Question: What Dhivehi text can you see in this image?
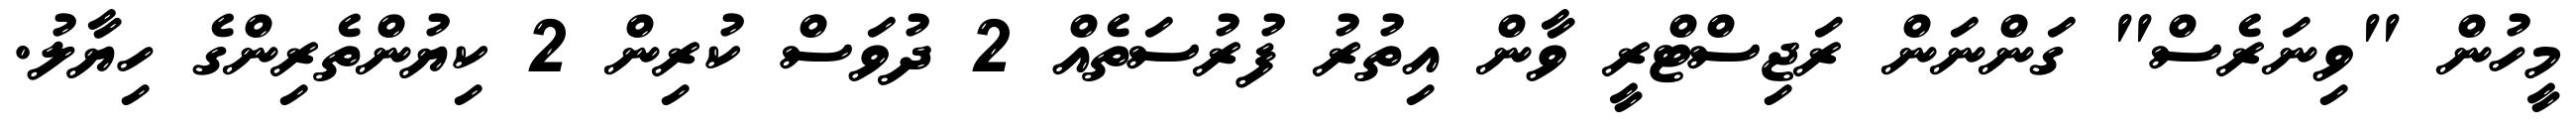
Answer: މީހުން "ވިނަރެސް" ގަންނަން ރަޖިސްޓްރީ ވާން އިތުރު ފުރުސަތެއް 2 ދުވަސް ކުރިން 2 ކިޔުންތެރިންގެ ހިޔާލު.